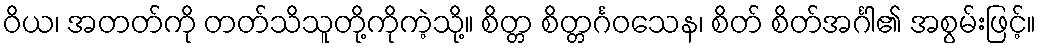
ဝိယ၊ အတတ်ကို တတ်သိသူတို့ကိုကဲ့သို့။ စိတ္တ စိတ္တင်္ဂဝသေန၊ စိတ် စိတ်အင်္ဂါ၏ အစွမ်းဖြင့်။